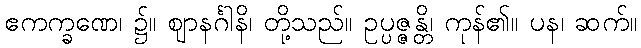
ဧကက္ခဏေ၊ ၌။ ဈာနင်္ဂါနိ၊ တို့သည်။ ဥပ္ပဇ္ဇန္တိ၊ ကုန်၏။ ပန၊ ဆက်။